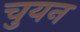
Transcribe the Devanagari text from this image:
चुयन